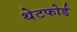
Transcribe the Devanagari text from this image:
थेटफोर्ड